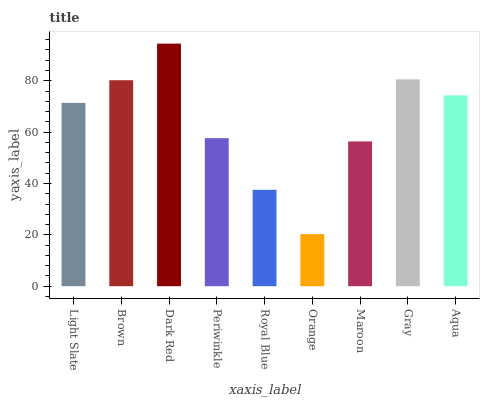
| xaxis_label | bars |
 | --- | --- |
 | Light Slate | 71.4 |
 | Brown | 80.2 |
 | Dark Red | 94.5 |
 | Periwinkle | 57.6 |
 | Royal Blue | 37.5 |
 | Orange | 20.3 |
 | Maroon | 56.4 |
 | Gray | 80.6 |
 | Aqua | 74.3 |